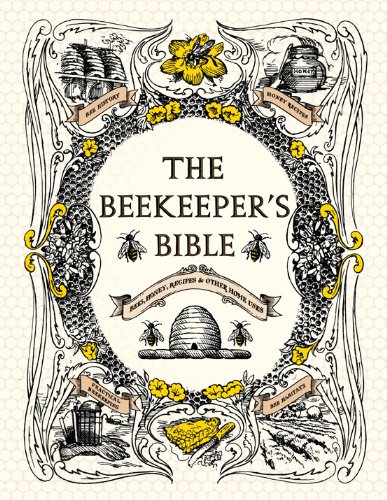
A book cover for The Beekeeper's Bible: Bees, Honey, Recipes & Other Home Uses; Richard Jones; Cookbooks, Food & Wine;